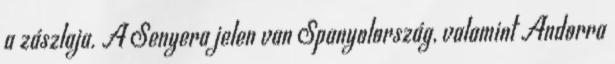
a zászlaja. A Senyera jelen van Spanyolország, valamint Andorra